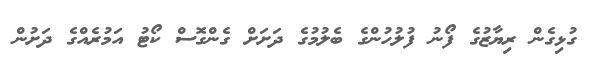
ގުޅިގެން ރިޔާޒުގެ ފޯނު ފުލުހުންގެ ބެލުމުގެ ދަށަަށް ގެންގޮސް ކޯޓު އަމުރެއްގެ ދަށުން